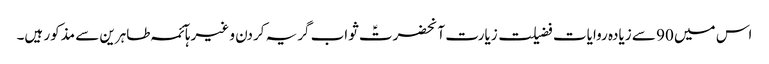
اس میں 90 سے زیادہ روایات فضیلت زیارت آنحضرتؑ ثواب گریہ کردن و غیرہآئمہ طاہرین سے مذکور ہیں۔